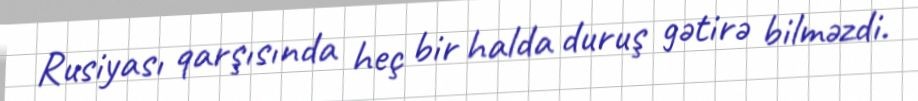
Rusiyası qarşısında heç bir halda duruş gətirə bilməzdi.